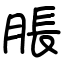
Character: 脹